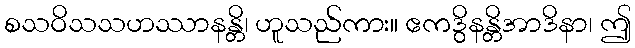
စသဝိသသဟဿာနန္တိ၊ ဟူသည်ကား။ ဧကဒွိနန္တိအာဒိနာ၊ ဤ